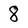
Character: 8